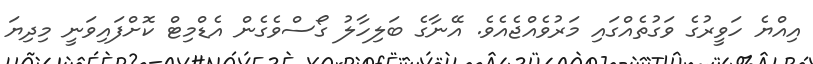
އިއްޔެ ހަވީރުގެ ވަގުތެއްގައި މަރުވެއްޖެއެވެ. އޭނާގެ ބަލިހާލު ގޯސްވެގެން އެޑްމިޓް ކޮށްފައިވަނީ މިދިޔަ